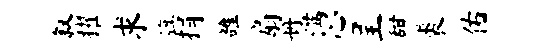
叙擢求旗捐雒扇册满心呈甜裘佑